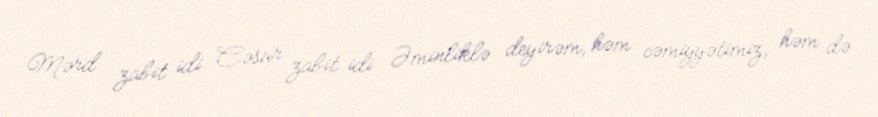
Mərd zabit idi. Cəsur zabit idi. Əminliklə deyirəm, həm cəmiyyətimiz, həm də